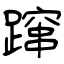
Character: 蹿